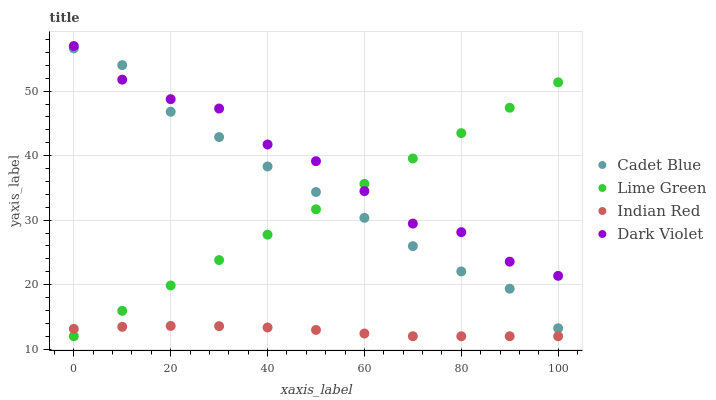
| xaxis_label | Cadet Blue | Lime Green | Indian Red | Dark Violet |
 | --- | --- | --- | --- | --- |
 | 0 | 56.6 | 12 | 13.1 | 57 |
 | 10 | 54 | 15.9 | 13.5 | 51.8 |
 | 20 | 46.8 | 19.9 | 13.6 | 48.8 |
 | 30 | 42.9 | 23.8 | 13.6 | 47.3 |
 | 40 | 38.3 | 27.7 | 13.4 | 41.7 |
 | 50 | 34.4 | 31.7 | 13 | 39.1 |
 | 60 | 30.4 | 35.6 | 12.4 | 34.5 |
 | 70 | 26 | 39.6 | 12 | 29.5 |
 | 80 | 22 | 43.5 | 12 | 28.1 |
 | 90 | 19.4 | 47.4 | 12 | 23.6 |
 | 100 | 13.2 | 51.4 | 12 | 21.4 |